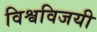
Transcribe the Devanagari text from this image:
विश्वविजयी